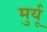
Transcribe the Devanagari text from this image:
मुर्यू